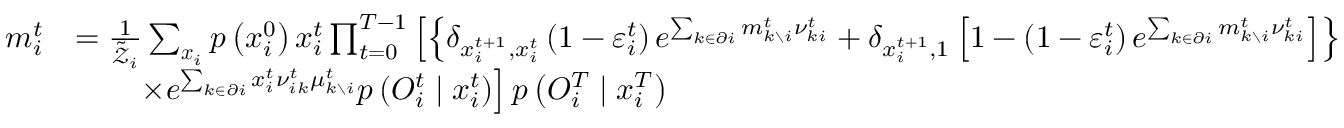
\begin{array} { r l } { m _ { i } ^ { t } } & { = \frac { 1 } { \tilde { \mathcal { Z } } _ { i } } \sum _ { \boldsymbol { x } _ { i } } p \left( x _ { i } ^ { 0 } \right) x _ { i } ^ { t } \prod _ { t = 0 } ^ { T - 1 } \left[ \left\{ \delta _ { x _ { i } ^ { t + 1 } , x _ { i } ^ { t } } \left( 1 - \varepsilon _ { i } ^ { t } \right) e ^ { \sum _ { k \in \partial i } m _ { k \setminus i } ^ { t } \nu _ { k i } ^ { t } } + \delta _ { x _ { i } ^ { t + 1 } , 1 } \left[ 1 - \left( 1 - \varepsilon _ { i } ^ { t } \right) e ^ { \sum _ { k \in \partial i } m _ { k \setminus i } ^ { t } \nu _ { k i } ^ { t } } \right] \right\} \right. } \\ & { \qquad \left. \times e ^ { \sum _ { k \in \partial i } x _ { i } ^ { t } \nu _ { i k } ^ { t } \mu _ { k \setminus i } ^ { t } } p \left( O _ { i } ^ { t } \mid x _ { i } ^ { t } \right) \right] p \left( { O } _ { i } ^ { T } \mid x _ { i } ^ { T } \right) } \end{array}